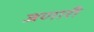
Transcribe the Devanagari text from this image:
जणारी